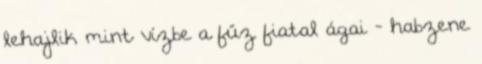
lehajlik mint vízbe a fűz fiatal ágai - habzene